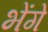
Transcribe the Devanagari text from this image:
भेंगे